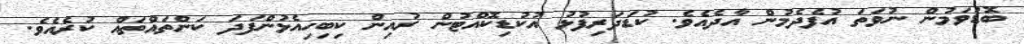
ބޮޑުވަމުން ނުވަތަ އުފެދެމުން އާދެއެވެ. ކުޑަދަރިފުޅު އުކުޑިކޮއްޓުން ރުއިން ކިބިހިއެޅުންފަދަ ކަންތައްތައް ކުރެއެވެ.